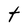
Character: t